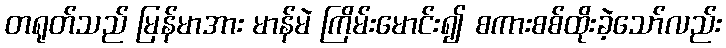
တရုတ်သည် မြန်မာအား မာန်မဲ ကြိမ်းမောင်း၍ စကားစစ်ထိုးခဲ့သော်လည်း